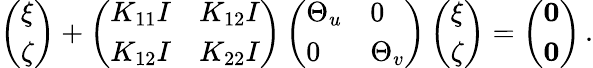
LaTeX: \left(\begin{array}{l}{{\mathbf\xi}}\\ {{\mathbf\zeta}}\end{array}\right)+\left(\begin{array}{ll}{K_{11}I}&{K_{12}I}\\ {K_{12}I}&{K_{22}I}\end{array}\right)\left(\begin{array}{ll}{\Theta_{u}}&{0}\\ {0}&{\Theta_{v}}\end{array}\right)\left(\begin{array}{l}{{\mathbf\xi}}\\ {{\mathbf\zeta}}\end{array}\right)=\left(\begin{array}{l}{{\mathbf 0}}\\ {{\mathbf 0}}\end{array}\right)\, .